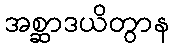
အစ္ဆာဒယိတွာန